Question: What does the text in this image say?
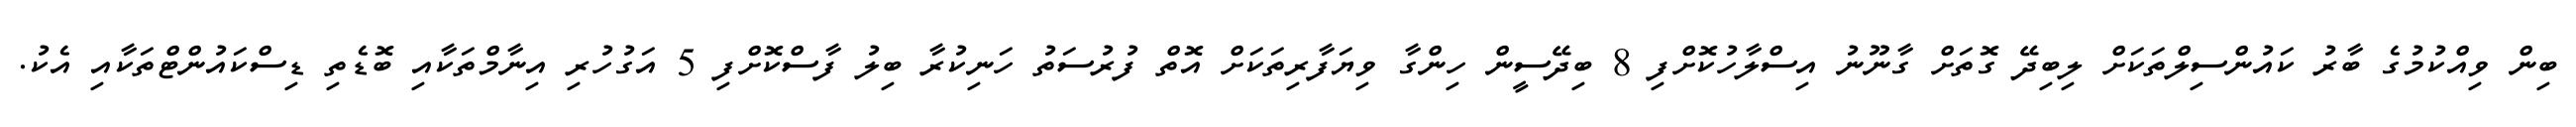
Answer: ބިން ވިއްކުމުގެ ބާރު ކައުންސިލްތަކަށް ލިބިދޭ ގޮތަށް ގާނޫނު އިސްލާހުކޮށްފި 8 ބިދޭސީން ހިންގާ ވިޔަފާރިތަކަށް އޮތް ފުރުސަތު ހަނިކުރާ ބިލު ފާސްކޮށްފި 5 އަގުހުރި އިނާމްތަކާއި ބޮޑެތި ޑިސްކައުންޓްތަކާއި އެކު.